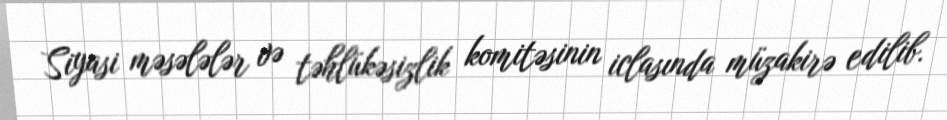
Siyasi məsələlər və təhlükəsizlik komitəsinin iclasında müzakirə edilib.